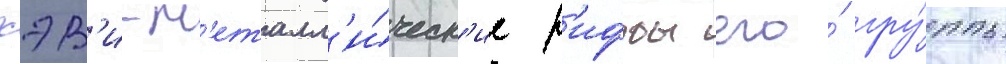
хэв'и-м'еталл'и́ческ'ие р'иффы его́ гру́ппы